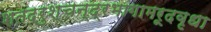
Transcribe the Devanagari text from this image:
शतद्रुश्चन्द्रभागामरूदवृधा